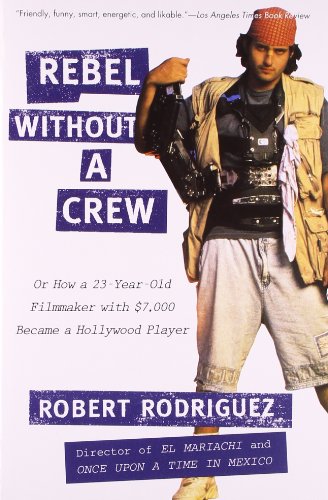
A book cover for Rebel without a Crew: Or How a 23-Year-Old Filmmaker With $7,000 Became a Hollywood Player; Robert Rodriguez; Humor & Entertainment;